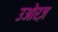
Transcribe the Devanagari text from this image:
उओरज़